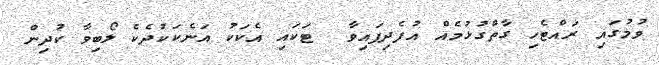
ވުމުގައި ރައްޓެހި ގާތްގުޅުމެއް އުފެދިފައިވާ  ޓަކައި އެކަކު އަނެކަކުދެކެ ލޯބިވާ ކުދިން